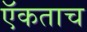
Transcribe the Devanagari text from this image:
ऍकताच